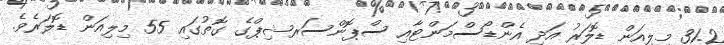
31.2 މިލިއަން ޑޮލަރު އަދި އެންޑޯސްމަންޓާއި ސްޕޮންސަރޝިޕްގެ ގޮތުގައި 55 މިލިއަން ޑޮލަރެވެ.